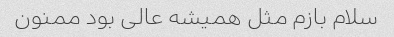
سلام بازم مثل همیشه عالی بود ممنون